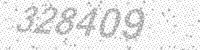
Solution: 328409